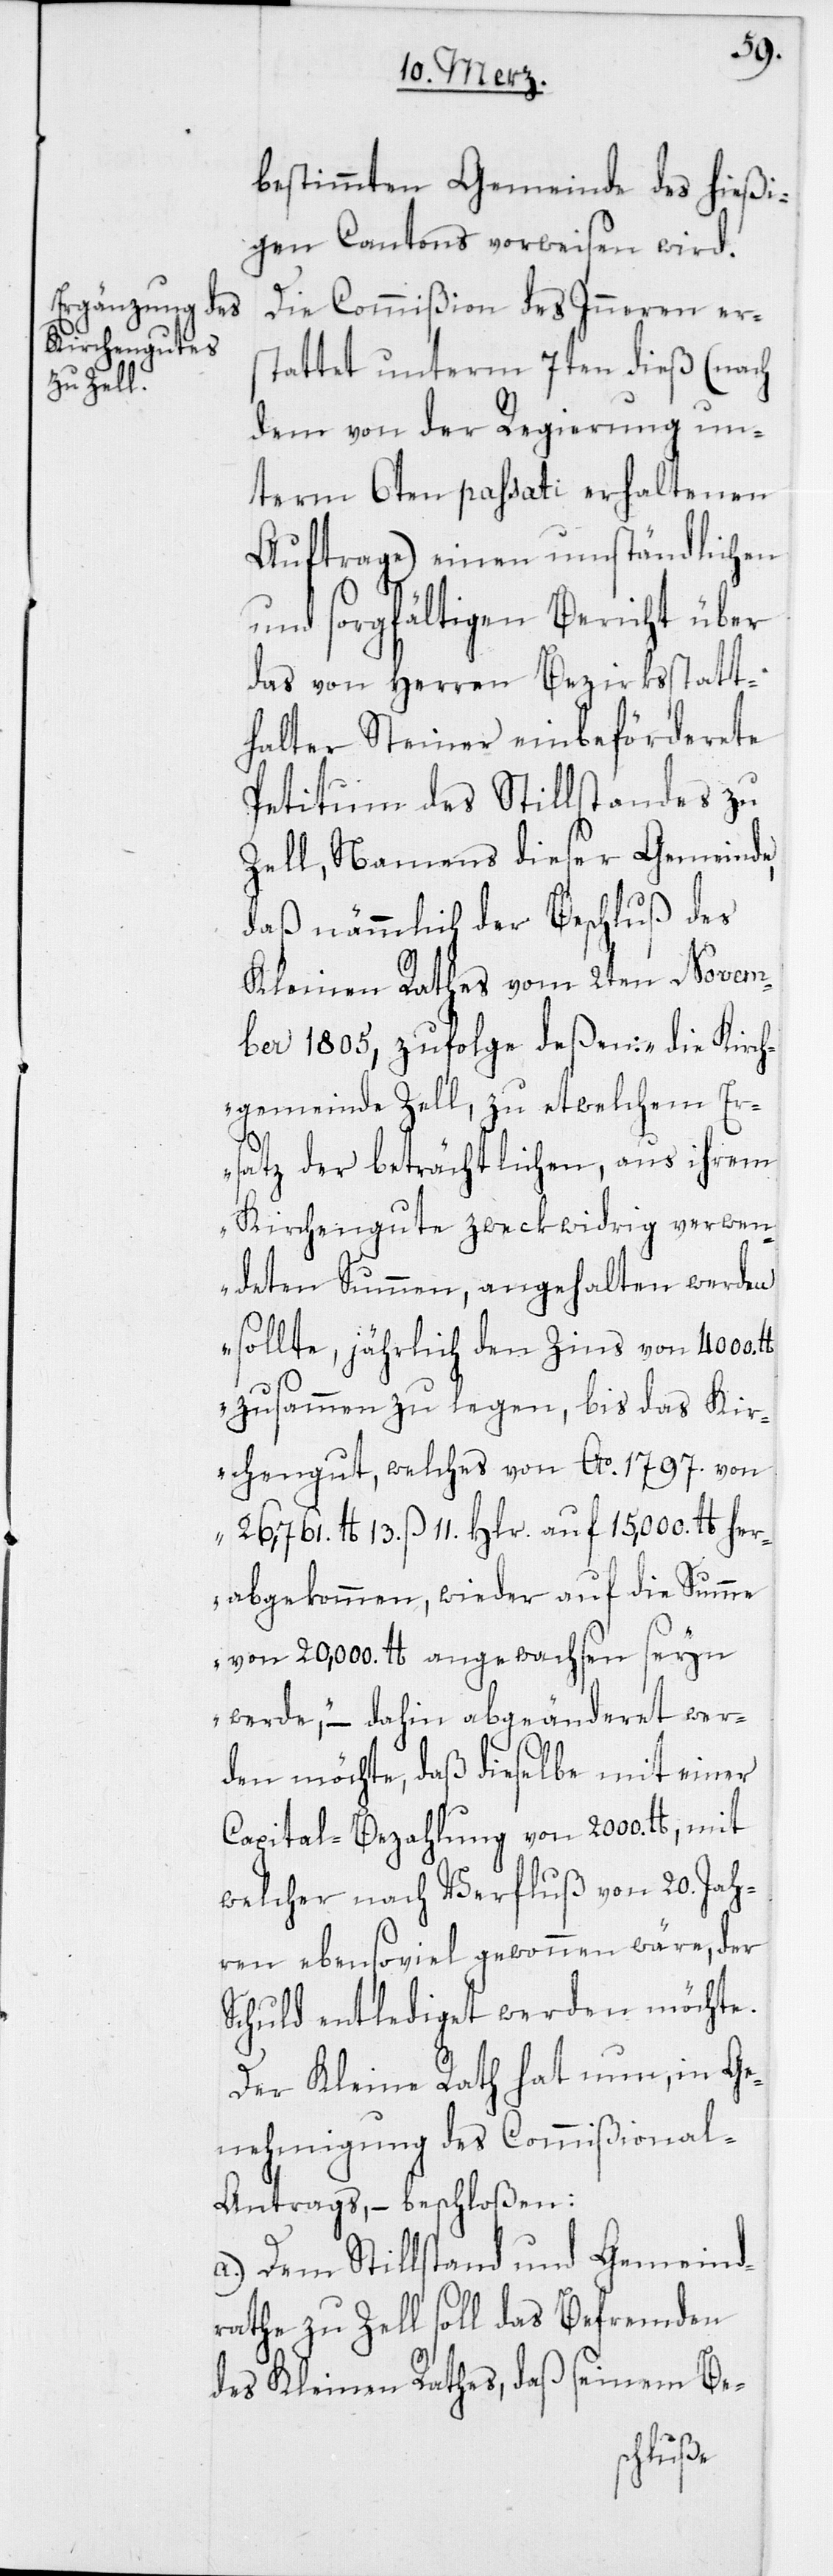
bestimmten Gemeinde des hießi¬
gen Cantons vorweisen wird.
Die Commißion des Inneren ers¬
tattet unterm 7ten dieß (nach
dem von der Regierung un¬
term 6ten passati erhaltenen
Auftrage) einen umständlichen
und sorgfältigen Bericht über
das von Herren Bezirksstatt¬
halter Steiner einbeförderete
Petitum des Stillstandes zu
Zell, namens dieser Gemeinde,
daß nämmlich der Beschluß des
Kleinen Rathes vom 2ten Novem¬
ber 1805, zufolge deßen: „die Kirch¬
gemeinde Zell, zu etwelchem Er¬
satz der beträchtlichen, aus ihrem
Kirchengute zweckwidrig verwen¬
deten Summen, angehalten werden
sollte, jährlich den Zins von 4000.
zusammen zu legen, bis das Ki¬
rchengut, welches von Ao 1797. von
26,761. lb 13. ß 11. Hlr. auf 15,000. lb her¬
abgekommen, wieder auf die Summe
von 20,000. lb angewachsen seyn
werde“, – dahin abgeänderet wer¬
den möchte, daß dieselbe mit einer
Capital-Bezahlung von 2000. lb, mit
welcher nach Verfluß von 20. Jah¬
ren ebensoviel gewonnen wäre, der
Schuld entlediget werden möchte.
Der Kleine Rath hat nun, in Ge¬
nehmigung des Commißional-A¬
ntrags, – beschloßen:
a) Dem Stillstand und Gemeind¬
rathe zu Zell soll das Befremden
des Kleinen Rathes, daß seinem Be-